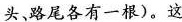
头、路尾各有一根）。这